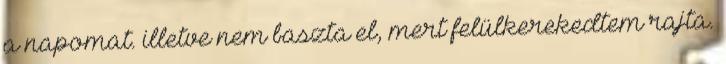
a napomat. illetve nem baszta el, mert felülkerekedtem rajta.